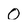
Character: 0